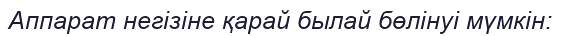
Аппарат негізіне қарай былай бөлінуі мүмкін: